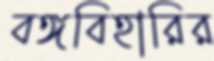
বঙ্গবিহারির